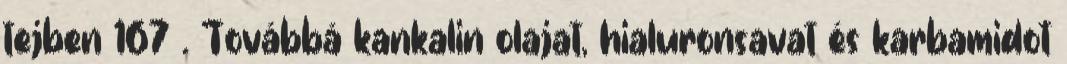
tejben 167 . Továbbá kankalin olajat, hialuronsavat és karbamidot